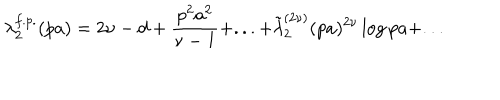
LaTeX: \lambda _ { 2 } ^ { f . p . } ( p a ) = 2 \nu - d + \frac { p ^ { 2 } a ^ { 2 } } { \nu - 1 } + . . . + \tilde { \lambda } _ { 2 } ^ { ( 2 \nu ) } ( p a ) ^ { 2 \nu } \log { p a } + . . .